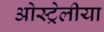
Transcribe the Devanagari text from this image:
ओस्ट्रेलीया